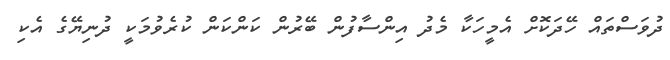
ދުވަސްތައް ހޭދަކޮށް އެމީހަކާ މެދު އިންސާފުން ބޭރުން ކަންކަން ކުރެވުމަކީ ދުނިޔޭގެ އެކި